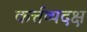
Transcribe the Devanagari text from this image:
कर्त्तव्यदक्ष